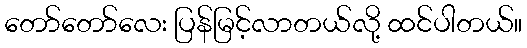
တော်တော်လေး ပြန်မြင့်လာတယ်လို့ ထင်ပါတယ်။